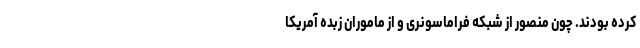
کرده بودند. چون منصور از شبکه فراماسونری و از ماموران زبده آمریکا